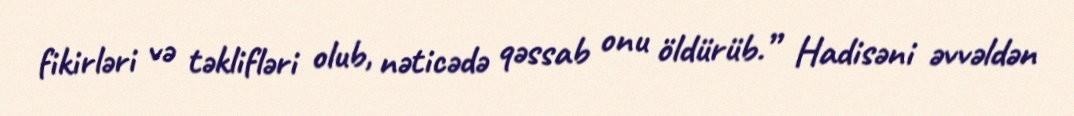
fikirləri və təklifləri olub, nəticədə qəssab onu öldürüb.” Hadisəni əvvəldən